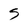
Character: S